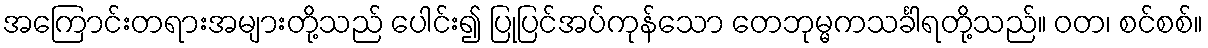
အကြောင်းတရားအများတို့သည် ပေါင်း၍ ပြုပြင်အပ်ကုန်သော တေဘုမ္မကသင်္ခါရတို့သည်။ ဝတ၊ စင်စစ်။